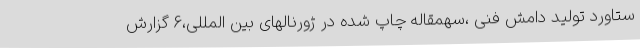
ستاورد تولید دامش فنی ،سهمقاله چاپ شده در ژورنالهای بین المللی،6 گزارش